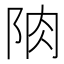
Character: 𨹌